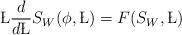
LaTeX: \begin{align*}\L{d\over d\L}S_W (\phi,\L ) = F(S_W,\L)\end{align*}